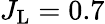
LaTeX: J_{\mathrm{L}}=0.7